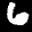
Label: 6